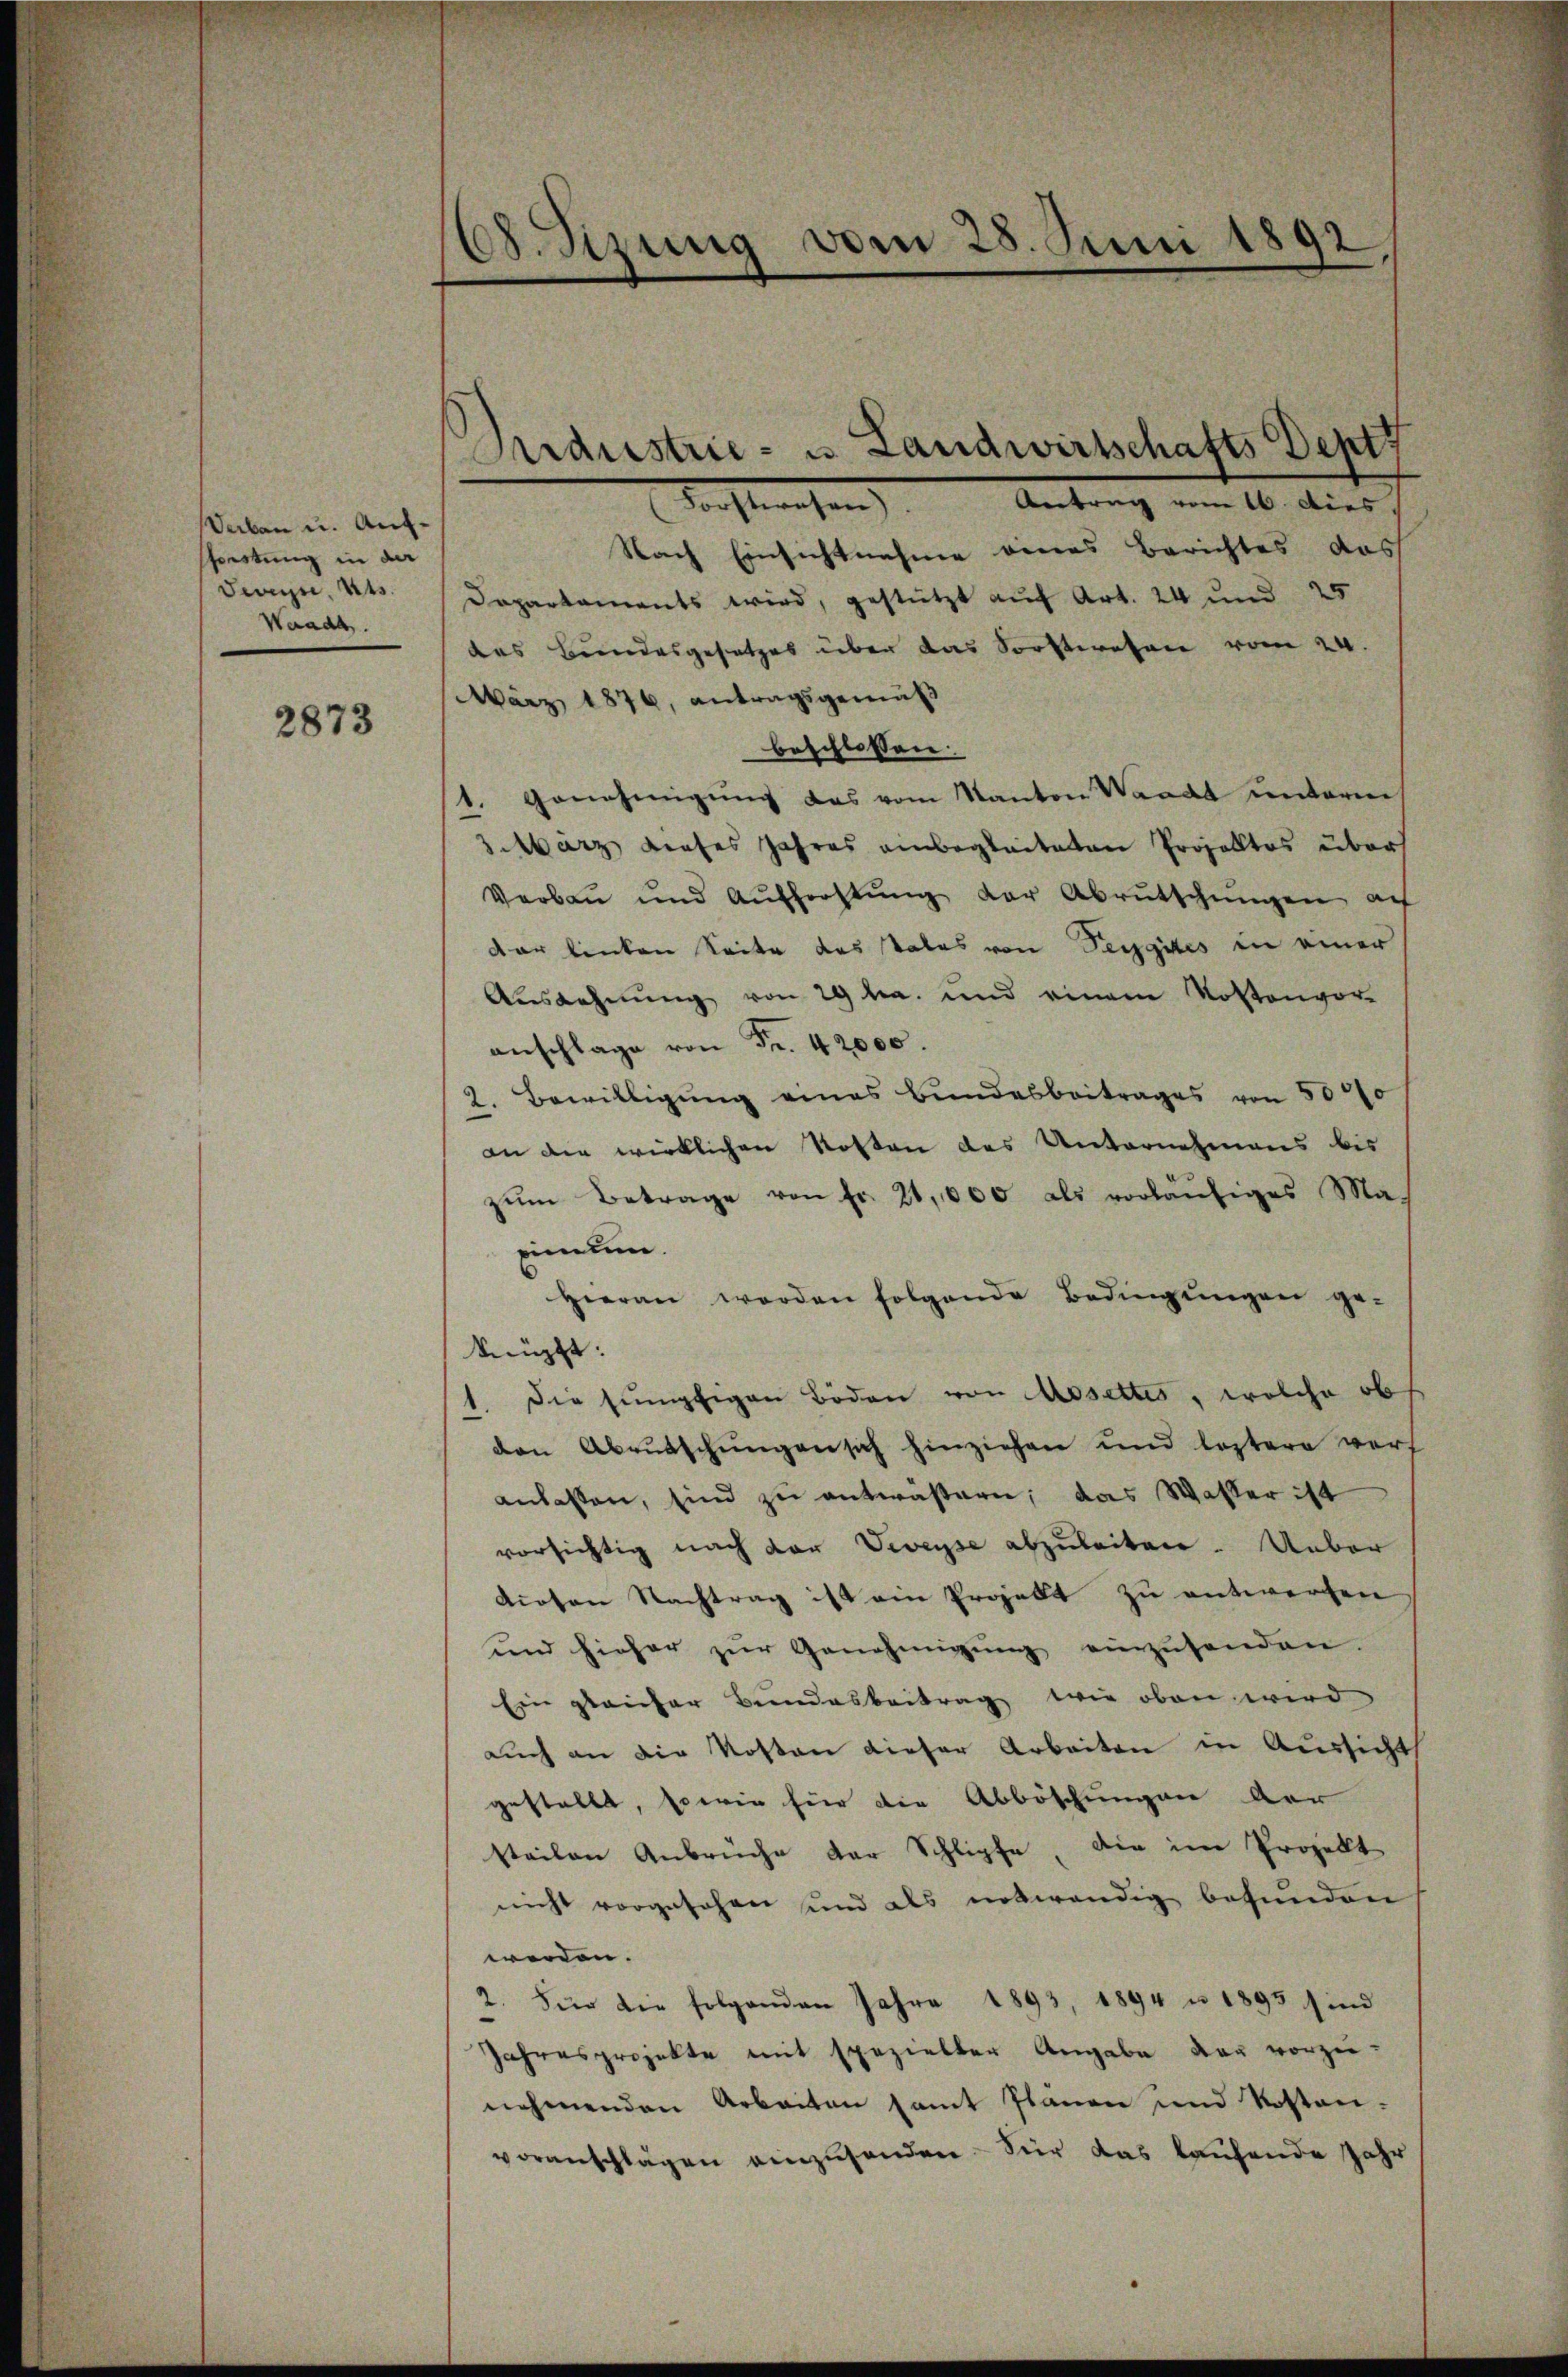
Verben u. Aufsestung in der
Sees, Kts.
Werade.

2873

68. Sizung vom 28. Juni 1892

Industrie- u. Landwirtschafts Deptz

darsterechen Antrag am 10. dies
Nach Einsichtnahme eines Berichtes das
Departaments wird, gestützt auf Art. 24 und 25
das Bundesgesetzes über das Sorstwesen vom 24.
März 1876, antragsgemäß
beschlossen.
1. Genehmigung das vom Kanton Waadt unterm
3. März dieses Jahres anbegleiteten Projektes über
Verbau und Aufforstŭng der Abrutschŭngen auf
der linken Seite des Vales von Pergutes in einer
Ausdehnung von 29 f. und einem Kostenvor-
anschlage von Fr. 42000.
2. Bewilligung eines Bundesbeitrages von 5000
an die wirklichen Kosten des Unternehmens bis
zŭm Betrage von fr. 21,000 als vorläŭfiges Ma-
pimu
Hieran werden folgende Bedingŭngen ge-
knüpft:
1. Die supfigen Böden von Mosettes, welche ob
den Abrutschungen sich hinziehen und leztere verf
anlassen, sind zu antwästern, das Wasser ist
vorsichtig nach der Veveyse abzuleiten. Ueber
dioten Nachtrag ist ein Ergebt zu entwerfen
und hieher zŭr Genehmigŭng einzusenden.
Ein gleicher Bundesbeitrag wie oben wird
auch an die Kosten dieser Arbeiten in Aussicht
gestellt, sowie für die Abböschungen der
steilen Anbrüche der Schlipfe die im Projekt
nicht vorgesehen und als notwendig befunden
werden.
2. Für die folgenden Jahre 1893, 1894 u. 1893 sind
Jahresprojekte mit spezielter Angabe der vorzu-
nehmenden Arbeiten samt Plänen und Kosten-
voranschlagen einzusenden. Vier das laufende Jahr